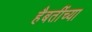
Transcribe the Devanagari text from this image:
हैबतींच्या